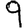
Digit: 9